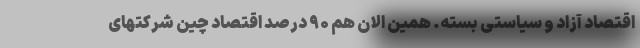
اقتصاد آزاد و سیاستی بسته. همین الان هم ۹۰ درصد اقتصاد چین شرکتهای